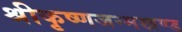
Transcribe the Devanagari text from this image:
श्रीकृष्णजन्मखण्ड